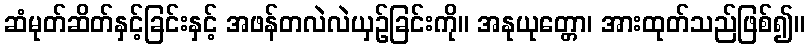
ဆံမုတ်ဆိတ်နှင့်ခြင်းနှင့် အဖန်တလဲလဲယှဉ်ခြင်းကို။ အနုယုတ္တော၊ အားထုတ်သည်ဖြစ်၍။